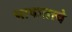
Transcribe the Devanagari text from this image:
भाषातत्त्वे